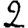
Digit: 2